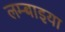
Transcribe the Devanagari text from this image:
लम्बाइया